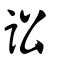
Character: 訟